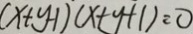
( x + y - 1 ) ( x + y + 1 ) = 0